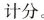
计分.